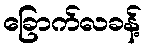
ခြောက်လခန့်